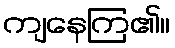
ကျနေကြ၏။